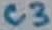
Text: C3